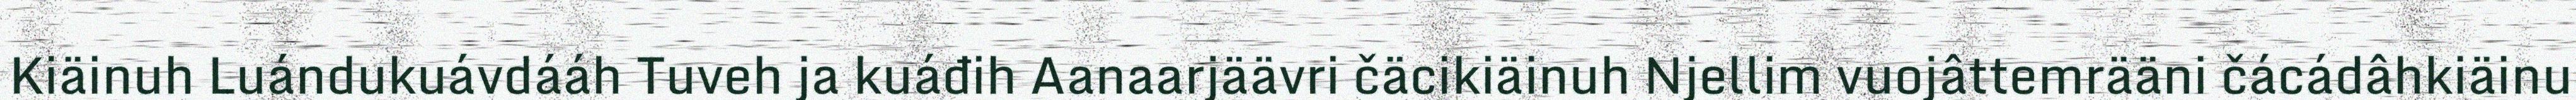
Kiäinuh Luándukuávdááh Tuveh ja kuáđih Aanaarjäävri čäcikiäinuh Njellim vuojâttemrääni čácádâhkiäinu